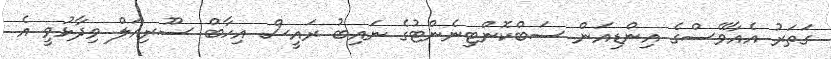
ގަތަރު އެއާވޭސްގެ އިންޑިއަން ސަބްކޮންޓިނެންޓުގެ ނައިބު ރައީސް އިހާބް ސޫރިއަލް ވިދާޅުވީ އެ